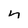
Character: n